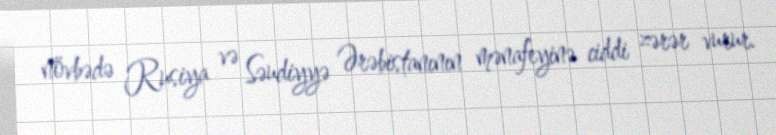
növbədə Rusiya və Səudiyyə Ərəbistanının mənafeyinə ciddi zərər vurur.